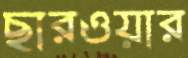
ছারওয়ার